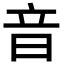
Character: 音